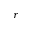
r